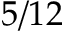
5 / 1 2